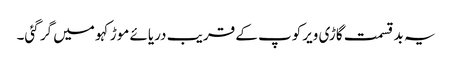
یہ بد قسمت گاڑی ویرکوپ کے قریب دریائے موڑکہو میں گر گئی۔